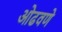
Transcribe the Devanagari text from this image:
ओढवणे